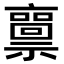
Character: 𥜘